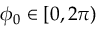
\phi _ { 0 } \in [ 0 , 2 \pi )